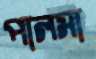
পালসা